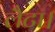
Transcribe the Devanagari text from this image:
लैटा।